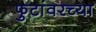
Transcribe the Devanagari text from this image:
फुटांवरच्या